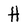
Character: H